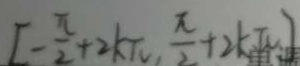
[ - \frac { \pi } { 2 } + 2 k \pi , \frac { \pi } { 2 } + 2 k \pi ]